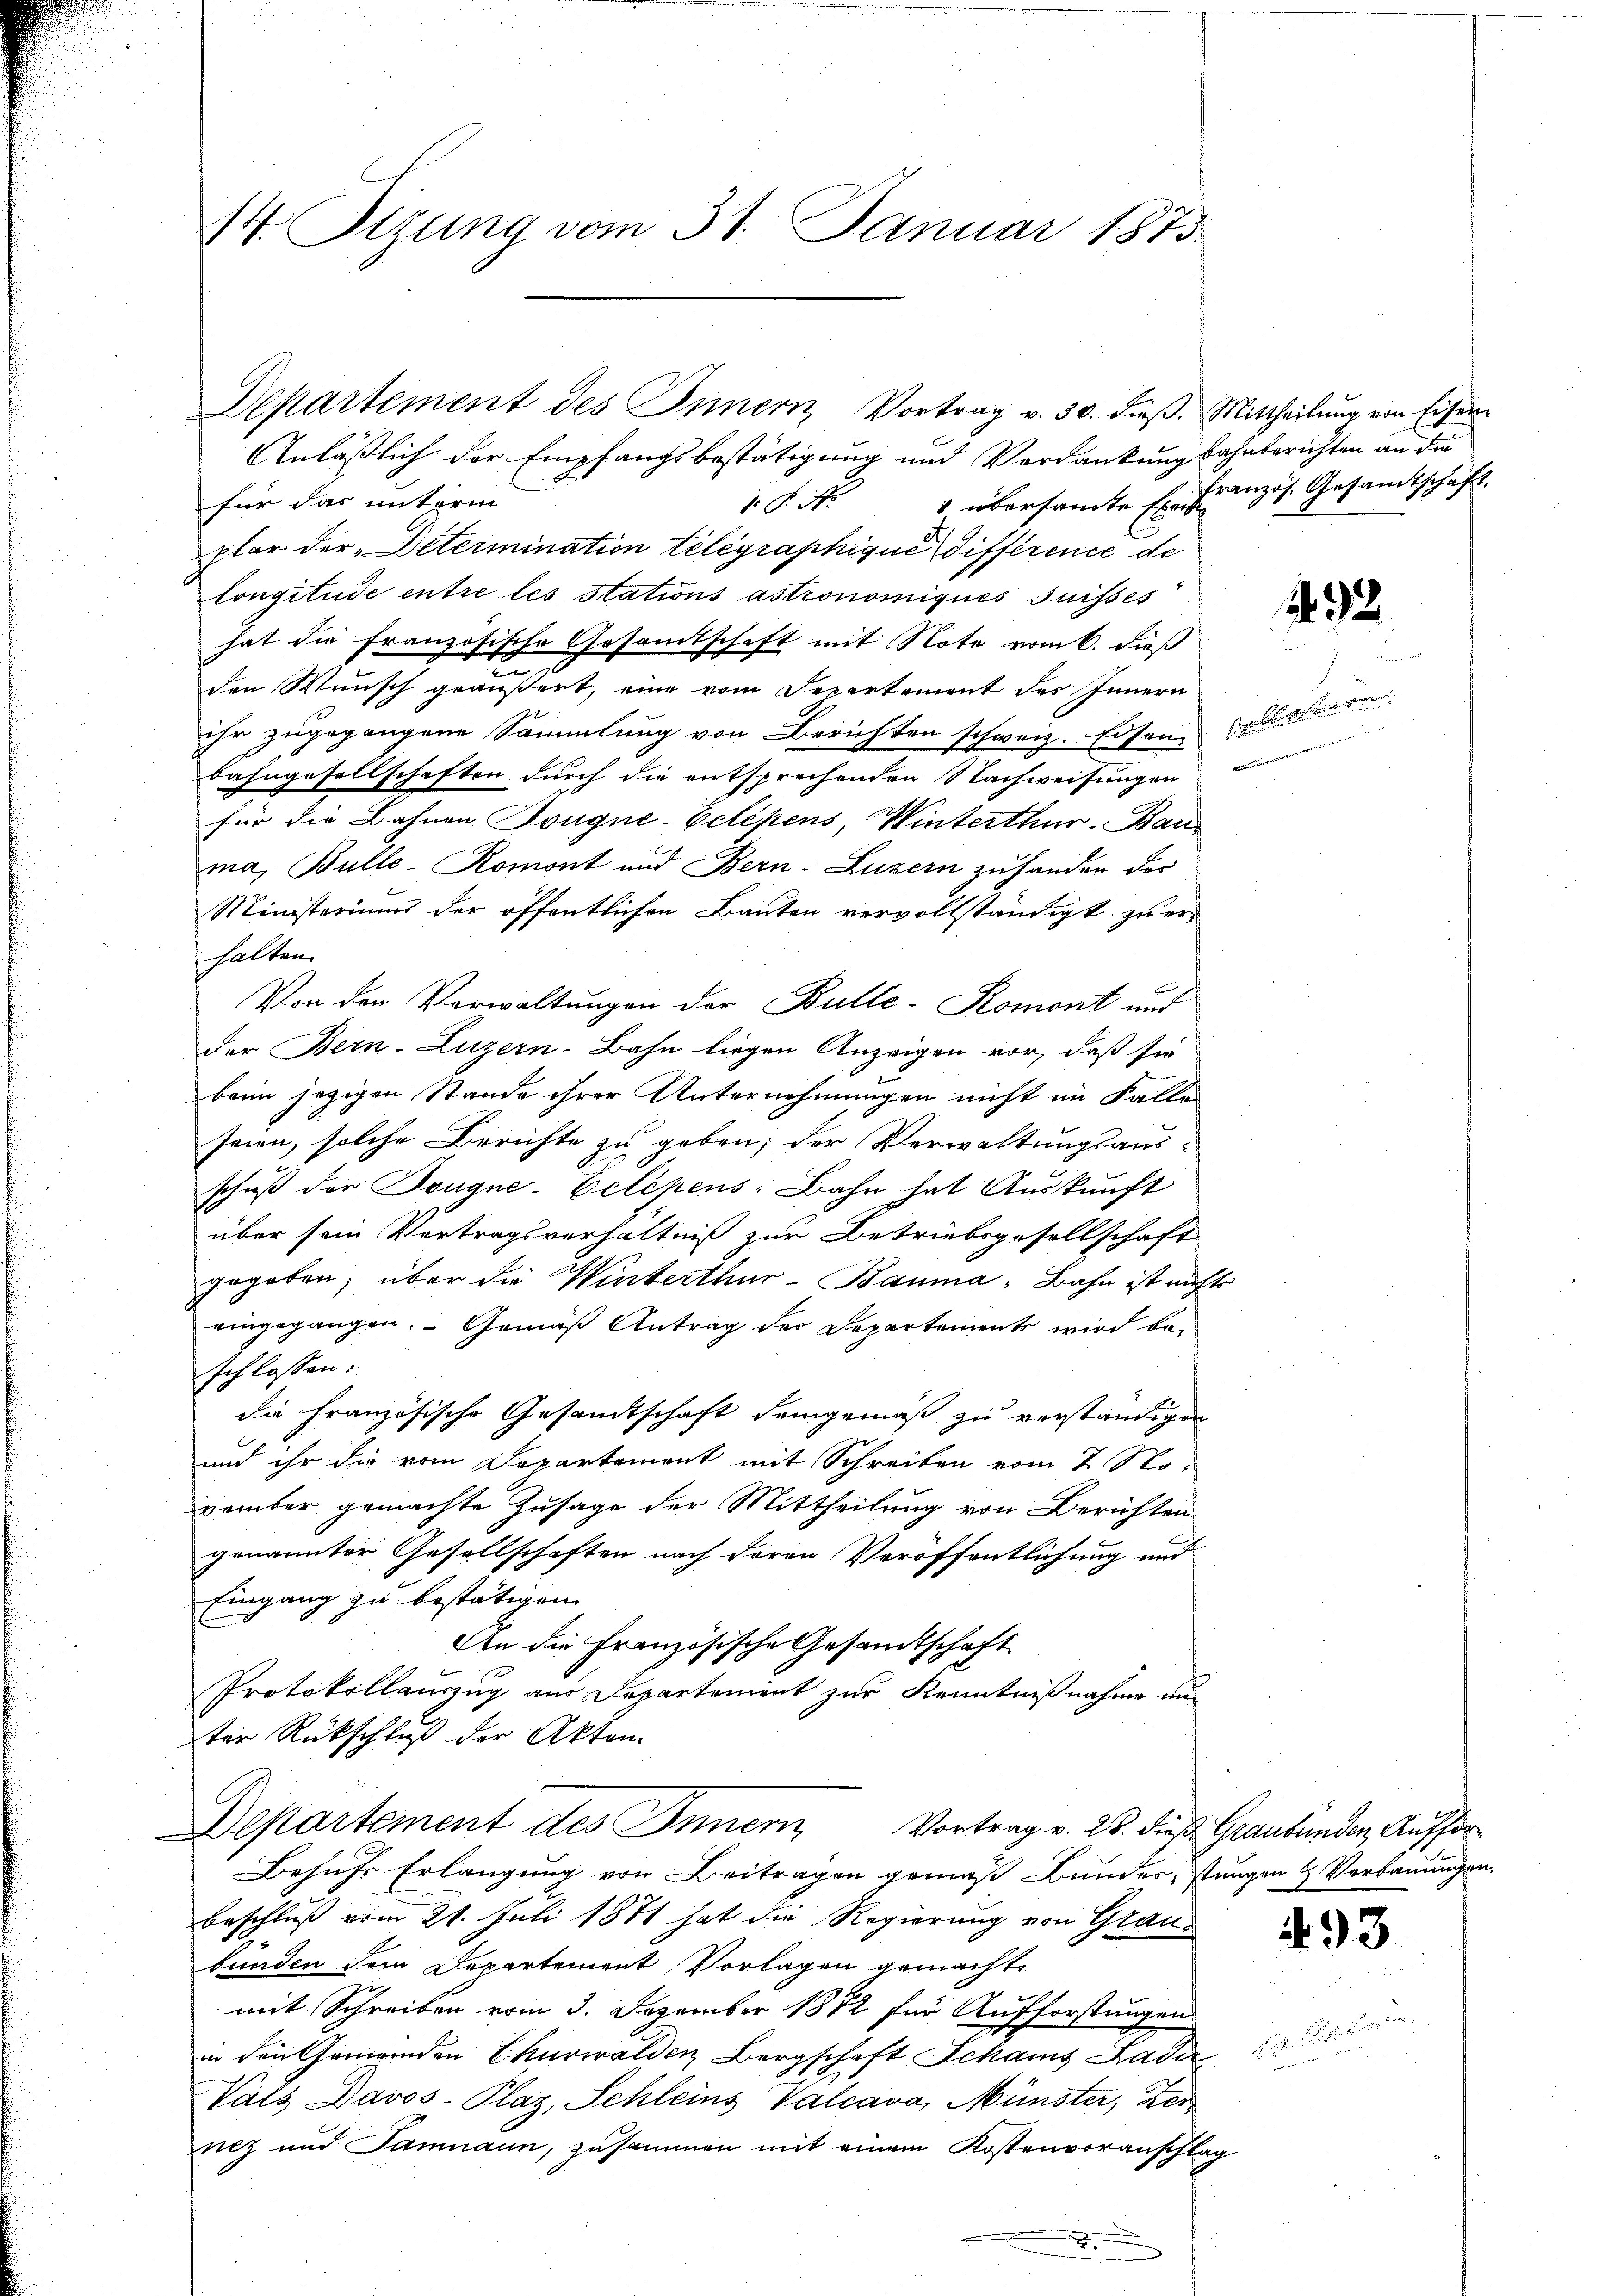
14. Tizung vom 31. Januar 1873.

Anläßlich der Empfangsbestätigung und Verdankungsahnberichten an die
 P. Nr. 1 übersamte Er. Französ. Gesamtschaft
für das unterm
plar der Determination telegraphique différence de
longitude entre les stations astronomiqués suisses
hat die französische Gesamtschaft mit Note vom 6. dieß
den Wunsch geäußert, eine vom Departement des Innern
ihr zugegangene Sammlung von Berichten schweiz. Eisen, als
Bahngesellschaften durch die entsprechenden Nachweisungen
für die Bahnen Tongne-Eclépens, Winterthur–Bau
ma, Bulle-Romont und Bern. Luzern zu hander der
Ministeriums der öffentlichen Bauten vervollständigt zu er-
halten.
Von den Vorwaltungen der Bulle-Romont und
Der Bern-Luzern-Bahn liegen Anzeigen vor, daß sie
baum jezigen Stande ihrer Unternehmungen nicht im Falle
seien, solche Berichte zu geben; der Verwaltungsaus-
schuß der Sougne-Eclépens: Bahn hat Auskunft
über sein Vertragsverhältniß zur Betriebsgesellschaft
gegeben, über die Winterthur–Bauma, Bahn ist nichts
eingegangen. Gemäß Antrag der Departements wird beschlossen:
die französische Gesandtschaft demgemäß zu verständigen
und ihr die vom Departement mit Schreiben vom 7. November gemachte Zusage der Mittheilung von Berichten
genannter Gesellschaften nach deren Veröffentlichung und
Eingang zu bestätigen.
An die Französische Gesandtschaft
Protokollauszug aus Departement zur Kenntnißnahme und
ter Rückschluß der Akten.
Departement des Innern Vortrag v. 23. dieß Graubünden Auffor¬
Behufs Erlangung von Beitragen gemäß Bunder, stungen & Vorbauungen.
beschluß vom 21. Juli 1871 hat die Regierung von Graubunden dem Departement Vorlagen gemacht.
mit Schreiben vom 3. Dezember 1882 für Aufforstungen
in den Gemeinden Churwalden Bergschaft Schans Lader
Vals Davos- Plaz, Schleins Valcava, Münster, Zer
nez und Samnaun, zusammen mit einem Kostenvoranschlag
e

Departement des Innern Vortrag v. 30. dieβ. Mittheilŭng von Eisen¬

e

292.

493